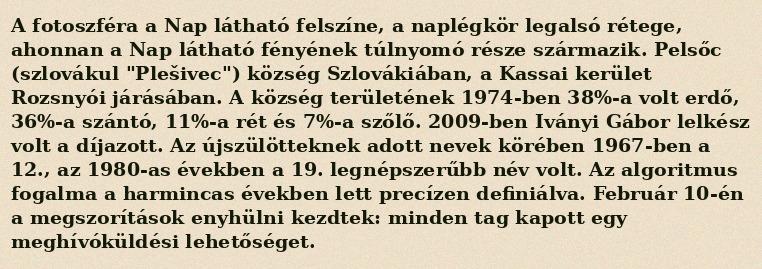
A fotoszféra a Nap látható felszíne, a naplégkör legalsó rétege, ahonnan a Nap látható fényének túlnyomó része származik. Pelsőc (szlovákul "Plešivec") község Szlovákiában, a Kassai kerület Rozsnyói járásában. A község területének 1974-ben 38%-a volt erdő, 36%-a szántó, 11%-a rét és 7%-a szőlő. 2009-ben Iványi Gábor lelkész volt a díjazott. Az újszülötteknek adott nevek körében 1967-ben a 12., az 1980-as években a 19. legnépszerűbb név volt. Az algoritmus fogalma a harmincas években lett precízen definiálva. Február 10-én a megszorítások enyhülni kezdtek: minden tag kapott egy meghívóküldési lehetőséget.